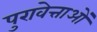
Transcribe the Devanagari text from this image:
पुरावेत्ताओं